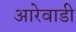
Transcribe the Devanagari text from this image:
आरेवाडी